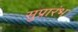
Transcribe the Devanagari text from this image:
सुप्रारंभ